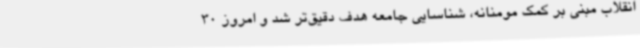
انقلاب مبنی بر کمک مومنانه، شناسایی جامعه هدف دقیق‌تر شد و امروز 30